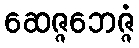
ဆေဇ္ဇဘေဇ္ဇံ